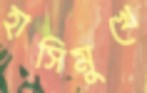
হাসিমুখে